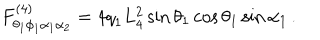
LaTeX: F _ { \theta _ { 1 } \phi _ { 1 } \alpha _ { 1 } \alpha _ { 2 } } ^ { ( 4 ) } = 4 { q } _ { 1 } L _ { 4 } ^ { 2 } \sin \theta _ { 1 } \cos \theta _ { 1 } \sin \alpha _ { 1 } \, .